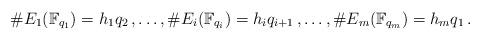
LaTeX: \begin{align*}\#E_1(\mathbb{F}_{q_1}) = h_1 q_2\,,\ldots,\#E_i(\mathbb{F}_{q_i}) = h_i q_{i+1}\,,\ldots,\#E_m(\mathbb{F}_{q_m}) = h_m q_1\,. \end{align*}